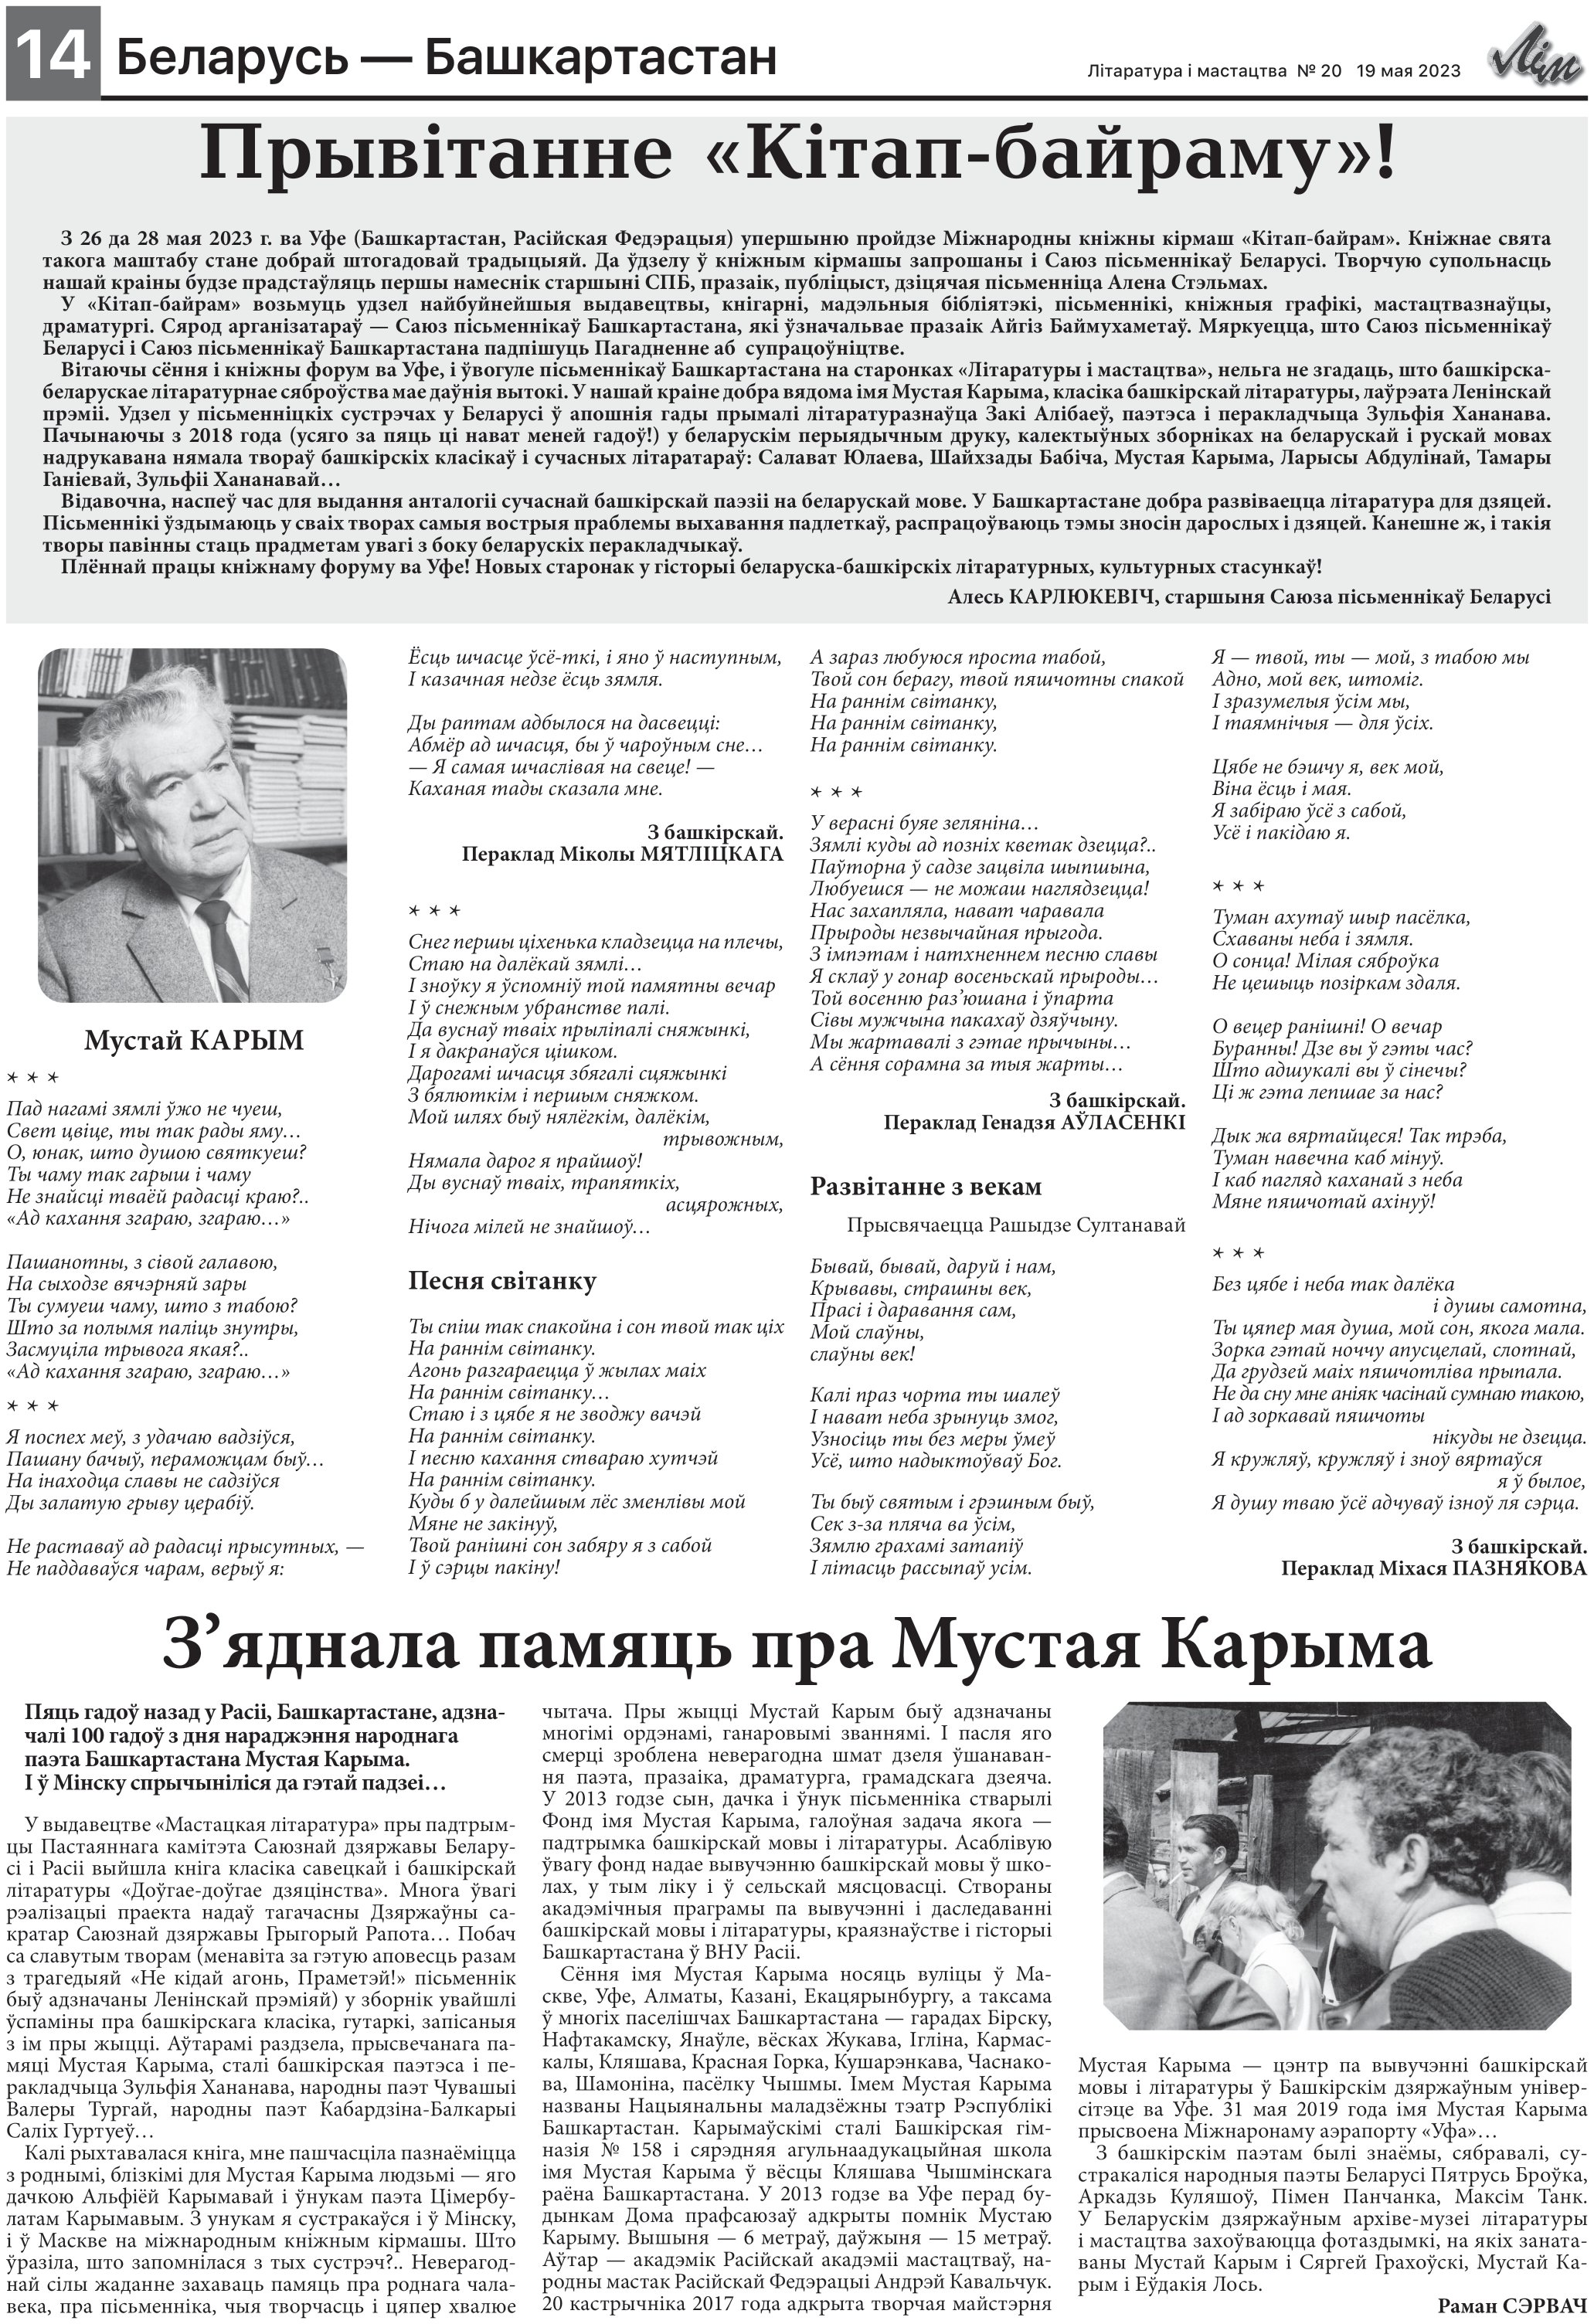
Language: be